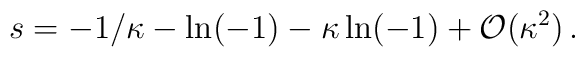
s = -1/\kappa - \ln (-1) - \kappa\ln (-1) +{\cal O}(\kappa^{2})\, .